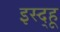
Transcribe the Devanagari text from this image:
इस्द्हू